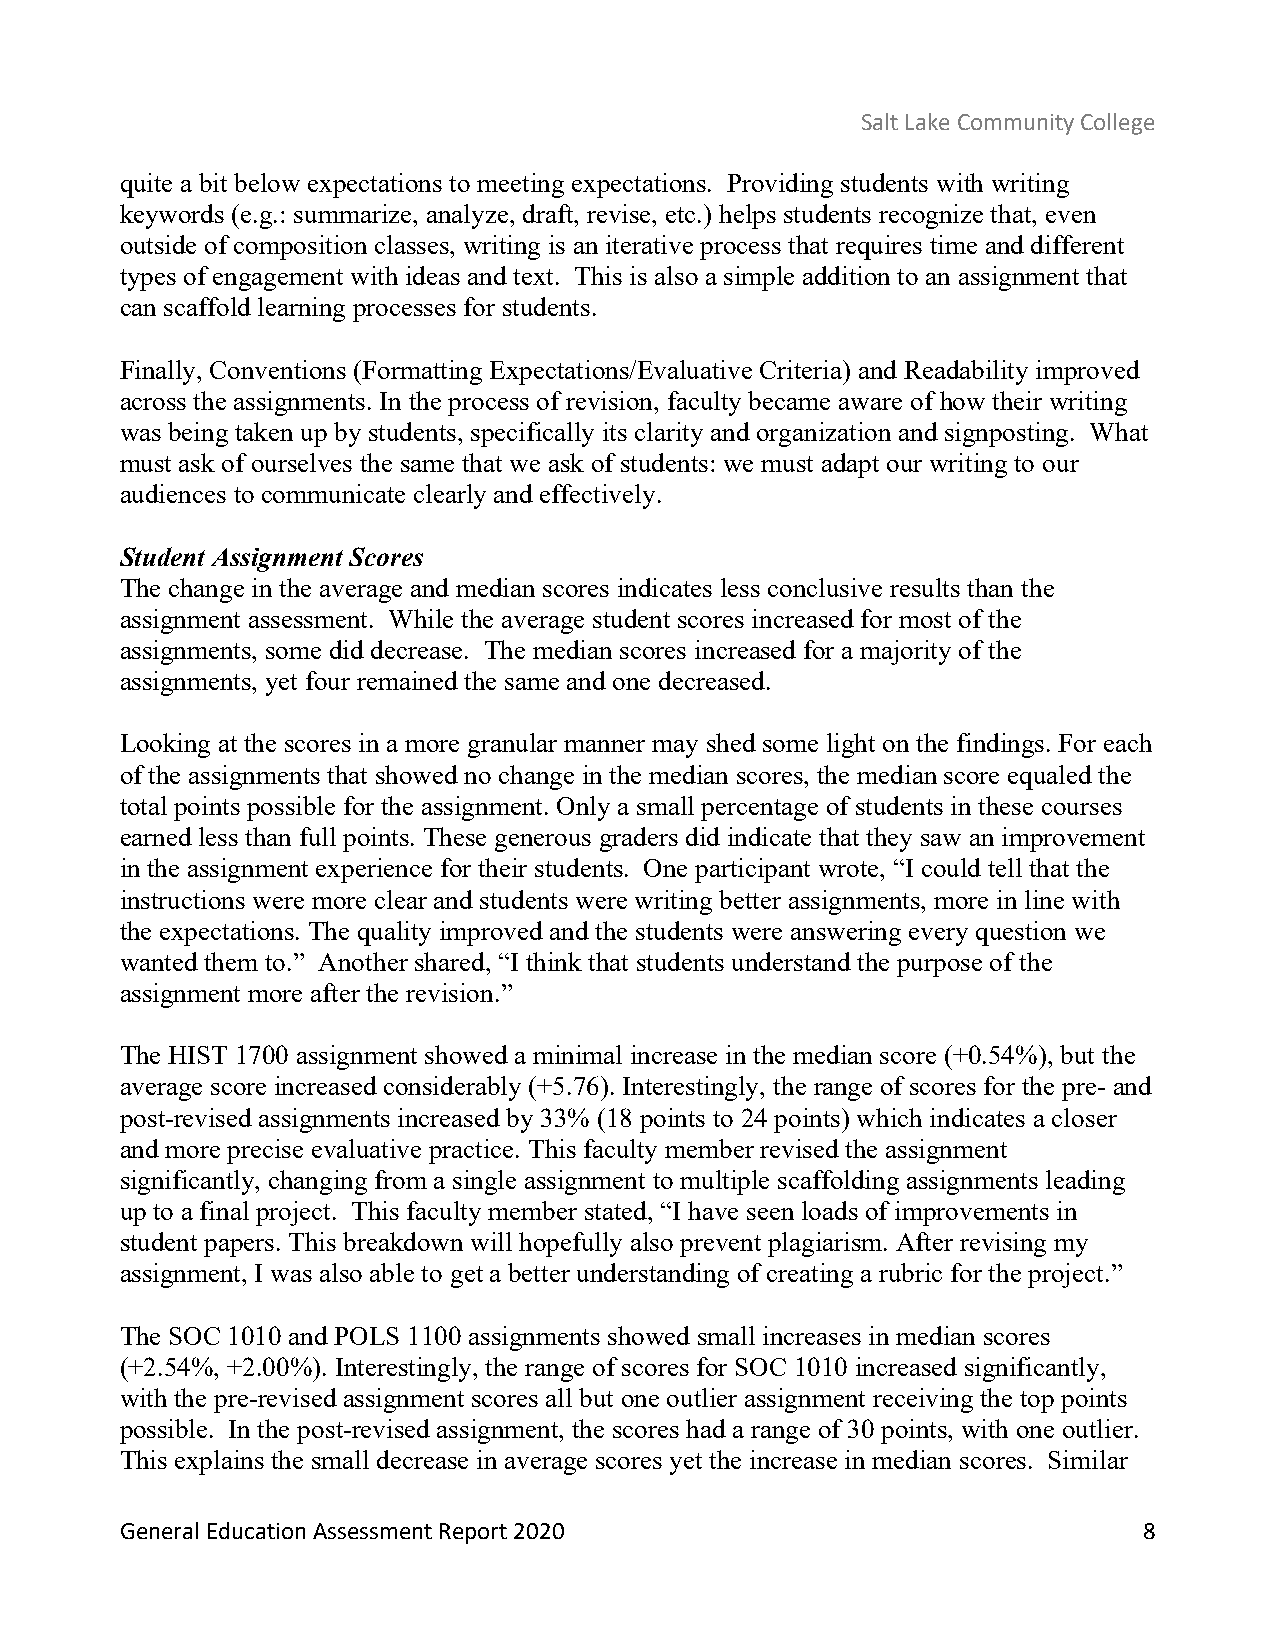
Salt Lake Community College
 quite a bit below expectations to meeting expectations. Providing students with writing
 keywords (e.g.: summarize, analyze, draft, revise, etc.) helps students recognize that, even
 outside of composition classes, writing is an iterative process that requires time and different
 types of engagement with ideas and text. This is also a simple addition to an assignment that
 can scaffold learning processes for students.
 Finally, Conventions (Formatting Expectations/Evaluative Criteria) and Readability improved
 across the assignments. In the process of revision, faculty became aware of how their writing
 was being taken up by students, specifically its clarity and organization and signposting. What
 must ask of ourselves the same that we ask of students: we must adapt our writing to our
 audiences to communicate clearly and effectively.
 Student Assignment Scores
 The change in the average and median scores indicates less conclusive results than the
 assignment assessment. While the average student scores increased for most of the
 assignments, some did decrease. The median scores increased for a majority of the
 assignments, yet four remained the same and one decreased.
 Looking at the scores in a more granular manner may shed some light on the findings. For each
 of the assignments that showed no change in the median scores, the median score equaled the
 total points possible for the assignment. Only a small percentage of students in these courses
 earned less than full points. These generous graders did indicate that they saw an improvement
 in the assignment experience for their students. One participant wrote, “I could tell that the
 instructions were more clear and students were writing better assignments, more in line with
 the expectations. The quality improved and the students were answering every question we
 wanted them to.” Another shared, “I think that students understand the purpose of the
 assignment more after the revision.”
 The HIST 1700 assignment showed a minimal increase in the median score (+0.54%), but the
 average score increased considerably (+5.76). Interestingly, the range of scores for the pre- and
 post-revised assignments increased by 33% (18 points to 24 points) which indicates a closer
 and more precise evaluative practice. This faculty member revised the assignment
 significantly, changing from a single assignment to multiple scaffolding assignments leading
 up to a final project. This faculty member stated, “I have seen loads of improvements in
 student papers. This breakdown will hopefully also prevent plagiarism. After revising my
 assignment, I was also able to get a better understanding of creating a rubric for the project.”
 The SOC 1010 and POLS 1100 assignments showed small increases in median scores
 (+2.54%, +2.00%). Interestingly, the range of scores for SOC 1010 increased significantly,
 with the pre-revised assignment scores all but one outlier assignment receiving the top points
 possible. In the post-revised assignment, the scores had a range of 30 points, with one outlier.
 This explains the small decrease in average scores yet the increase in median scores. Similar
 General Education Assessment Report 2020                            8